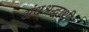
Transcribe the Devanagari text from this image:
अंधश्रद्धाथी